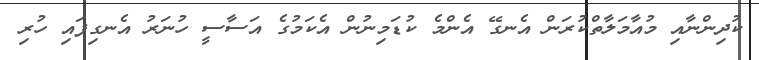
ކުދިންނާއި މުއާމަލާތްކުރަން އެނގޭ އެންމެ ކުޑަމިނުން އެކަމުގެ އަސާސީ ހުނަރު އެނގިފައި ހުރި